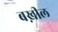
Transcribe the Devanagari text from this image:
बख़ील